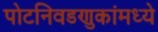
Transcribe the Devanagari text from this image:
पोटनिवडणुकांमध्ये